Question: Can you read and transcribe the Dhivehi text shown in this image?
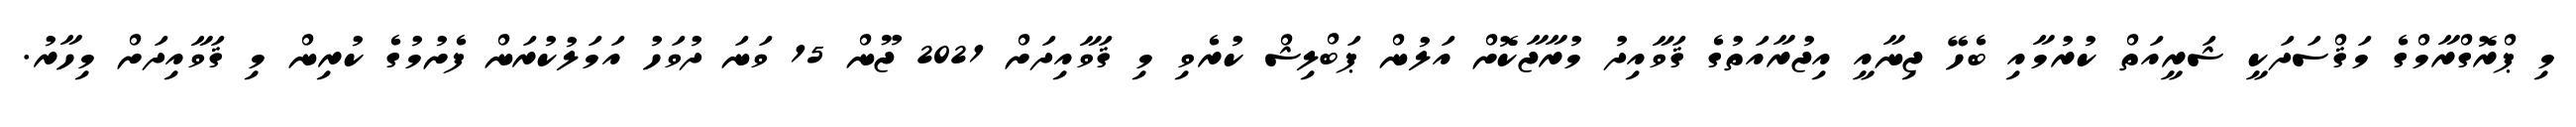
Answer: މި ޕްރޮގްރާމްގެ މަޤްސަދަކީ ޝަރީއަތް ކުރުމާއި ބެހޭ ޖިނާއީ އިޖުރާއަތުގެ ޤަވާއިދު މުރާޖާކޮށް އަލުން ޕަބްލިޝް ކުރެވި މި ޤަވާއިދަށް 2021 ޖޫން 15 ވަނަ ދުވަހު އަމަލުކުރަން ފެށުމުގެ ކުރިން މި ޤަވާއިދަށް މިހާރު.